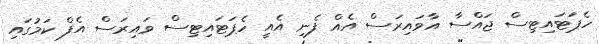
ހެޕަޓައިޓިސް ޖައްސާ އާވައިރަސް އެއް ފެނި އެއީ ހެޕަޓައިޓިސް ވައިރަސް އެފް ކަމުގައި